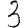
Digit: 3